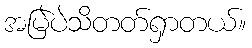
အမြဲပဲသိတတ်ရှာတယ်။